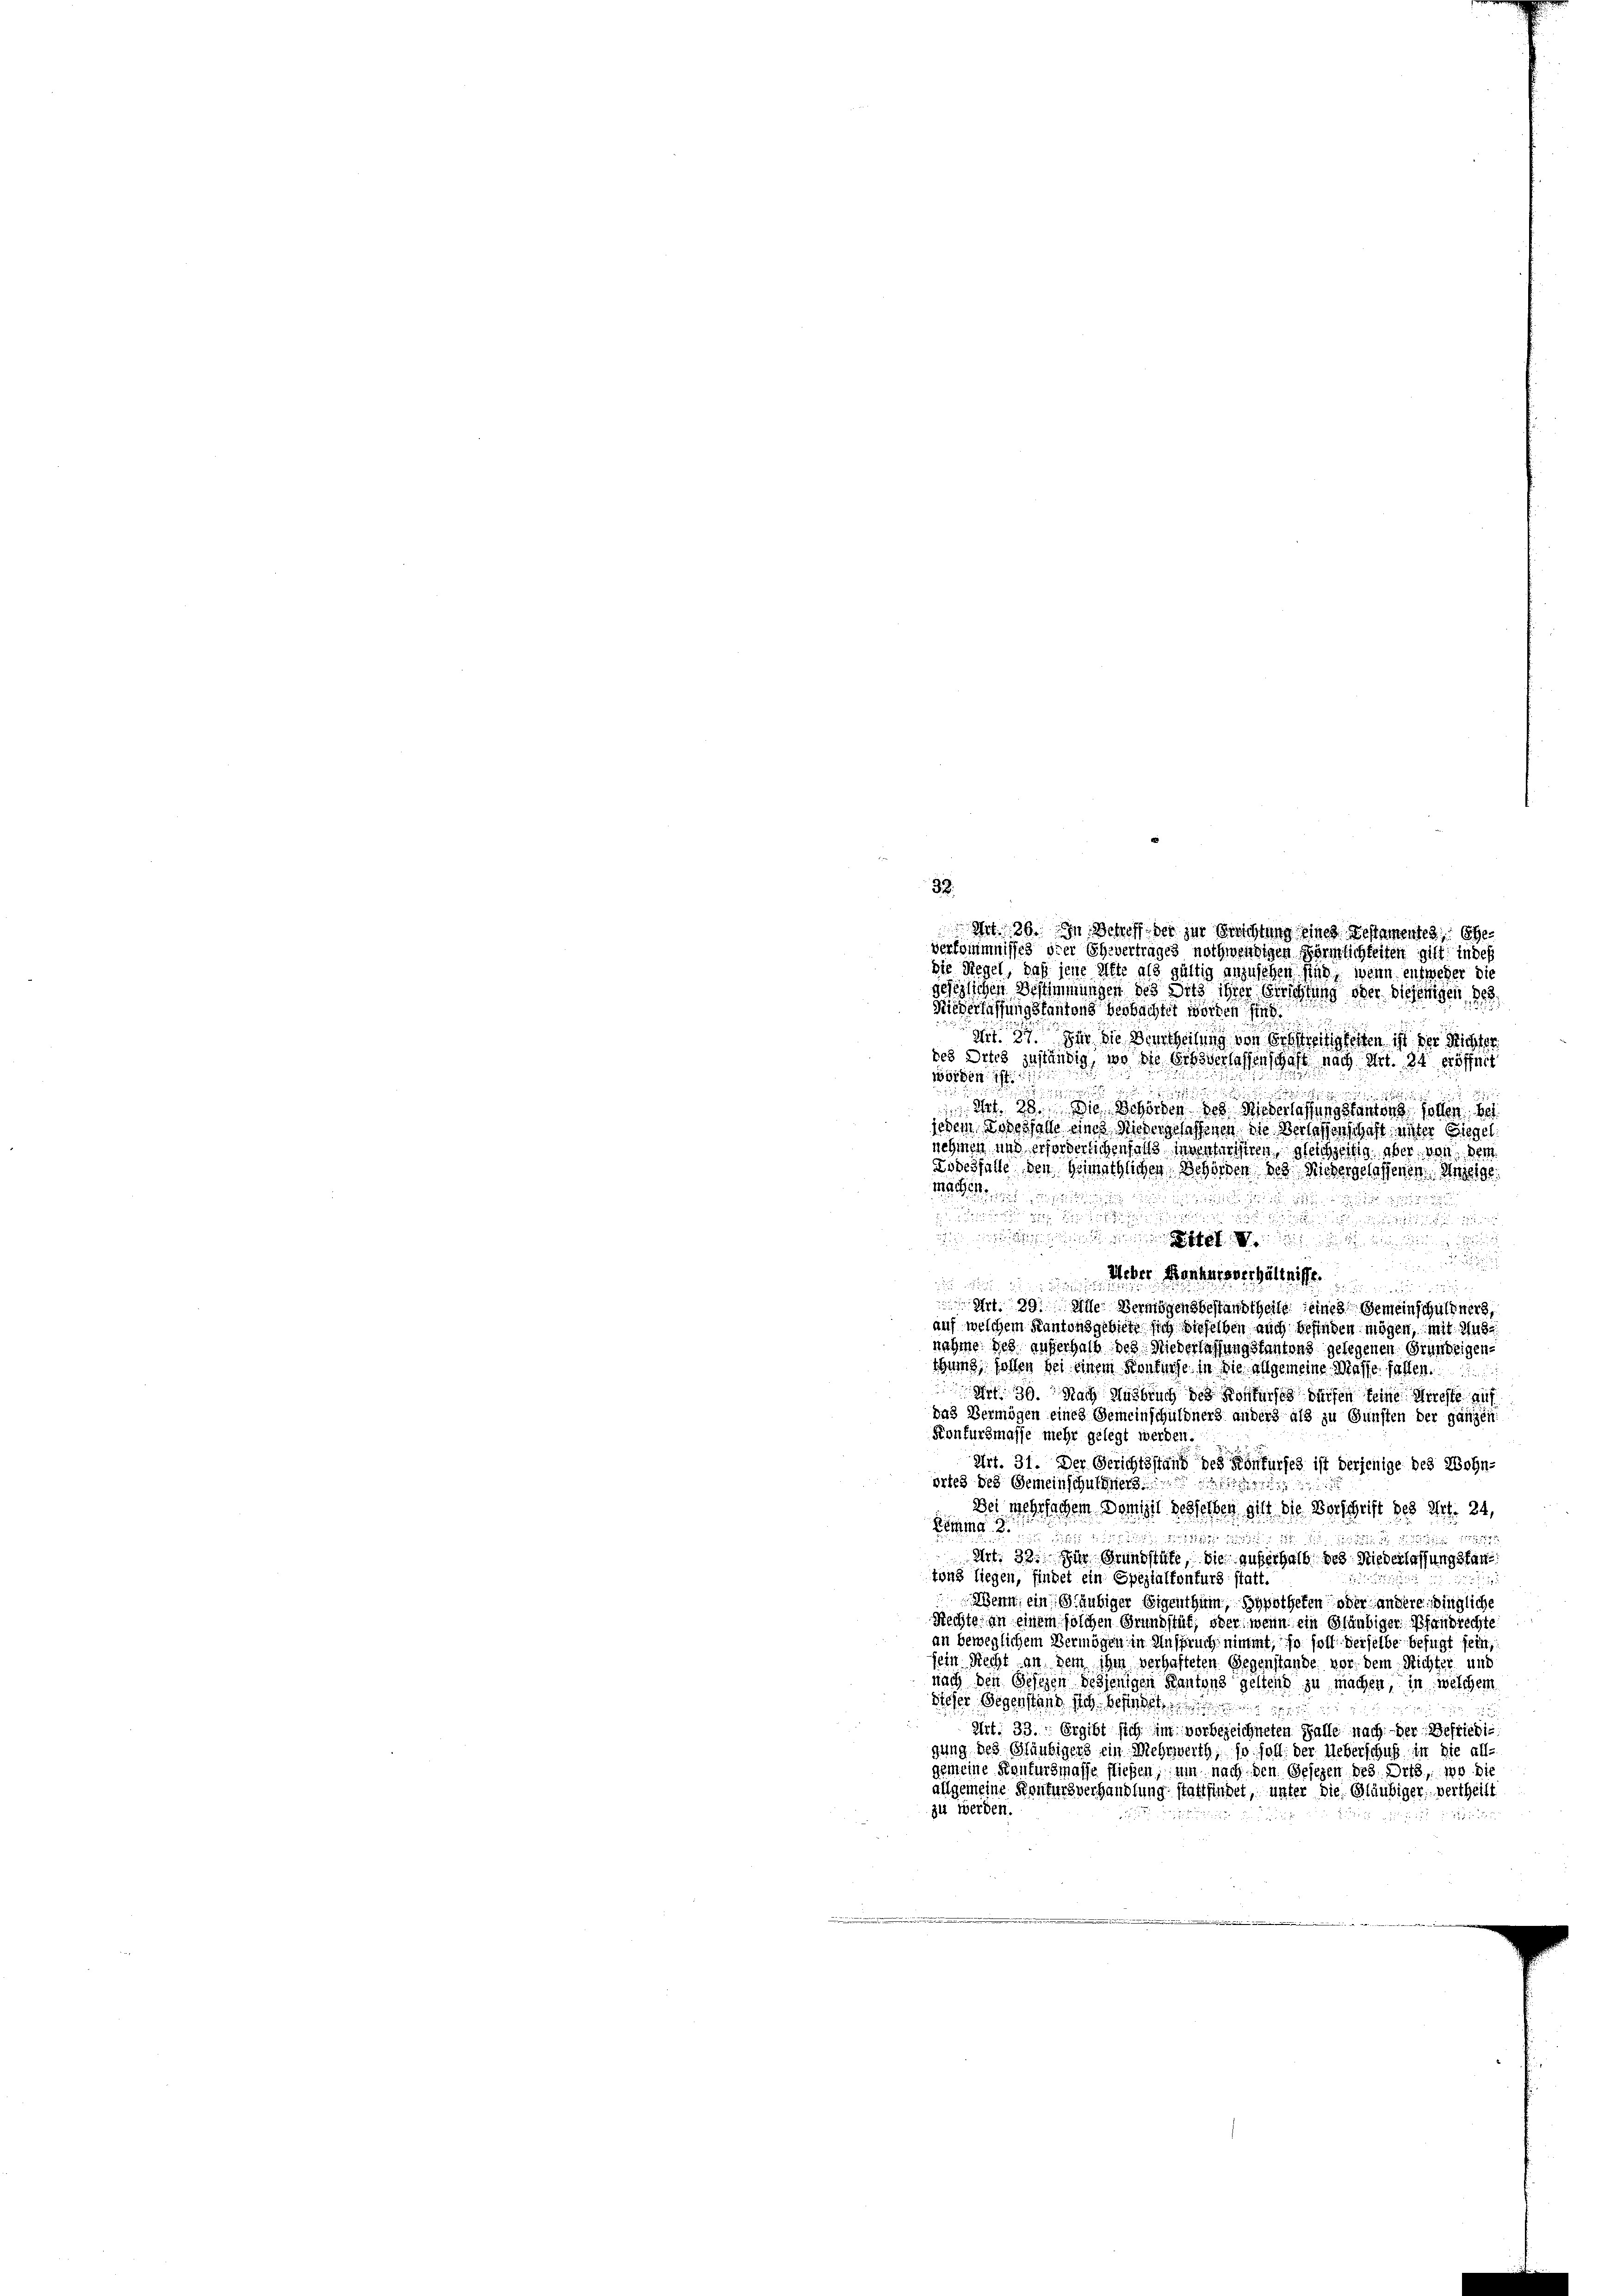
32.
Ant. 29. In Scheff der zur Berichtung eines Testamentes, Ehe
verkommnisses oder Ehevertrages nothwendigen Förmlichkeiten gilt in des
die Regel, daß jene Alte als gültig anzusehen sind, wenn entweder die
setzlichen Bestimmungen des Sitz ihrer Berichtung der Diesigen de
Niederfassungskantons beobachtet worden sind.
dir. 3. Die die Vertheilung von Beseitigkeiten ist der Richter
ses Dries zuständig, wo die Ortsverlassenschaft nach Art. 34 eröffnet
oer
 Art. 23. Die Behörden des Widerlassungsanten
jedem Todesfalle einer Niedergelassenen die Verlassenschaft unter Giegel.
nehmen und erforderlichenfalls inventeilten, gleichzeitig aber von dem
Lodesfalle den Heimathlichen Behörden des Niedergelassenen Anzeige
g

neien und beiden

Ueber Konkursverhältnisse.

2
 Art. 29. Alle Vermögensbestandtheils eines Gemeinschuldners
auf welchem Kantonsgebiete sich dieselben auch befinden mögen, mit 148
nahme des auferhalb des Niederlassung stantons gelegenen Grundeigen
igung, sollen bei einem Kontrage in die allgemeine Masse fallen.
 39. Nach Ausbruch des Konkurses dürfen keine Arreste auf
das Vermögen eines Gemeinschuldners anders als zu Gunsten der ganzen,
Konkursmasse mehr gelegt werden.
Art. 31. Der Berichtsstand des Konkurses ist derjenige des Wohn-
ortes des Gemeinschuldners
Dei mehrfachem Domit desselben gilt die Vorschrift des Art. 24,
   und di
5
Art. 32. Die Grundstute, die auferhalb des Niederlassung star
tons liegen, findet ein Spezialkonturs statt.

Wenn ein Gläubiger Eigenthum, Hypotheten oder andere dingliche
Rechte an einem solchen Grundstät, oder wenn ein Gläubiger Pfandrechte
an beweglichem Vermögen in Anspruch nimmt, so soll derselbe befugt sein,
sein Recht an dem ihm verhafteten Gegenstande vor dem Richter und
nach den Gesezen desjenigen Kantons geltend zu machen, in welchem
dieser Gegenstand sich befindet
d
Art. 33. ergibt sich im vorbezeichneten Falle nach der Befriedigung des Gläubigers ein Mehrwerth, so soll: der Ueberschuß in die all-
gemeine Kaufersmasse fließen, um nach den Gesezen des Orts, wo die
allgemeine Kontursverhandlung stattfindet, unter die Gläubiger Vertheilt
zu werden.